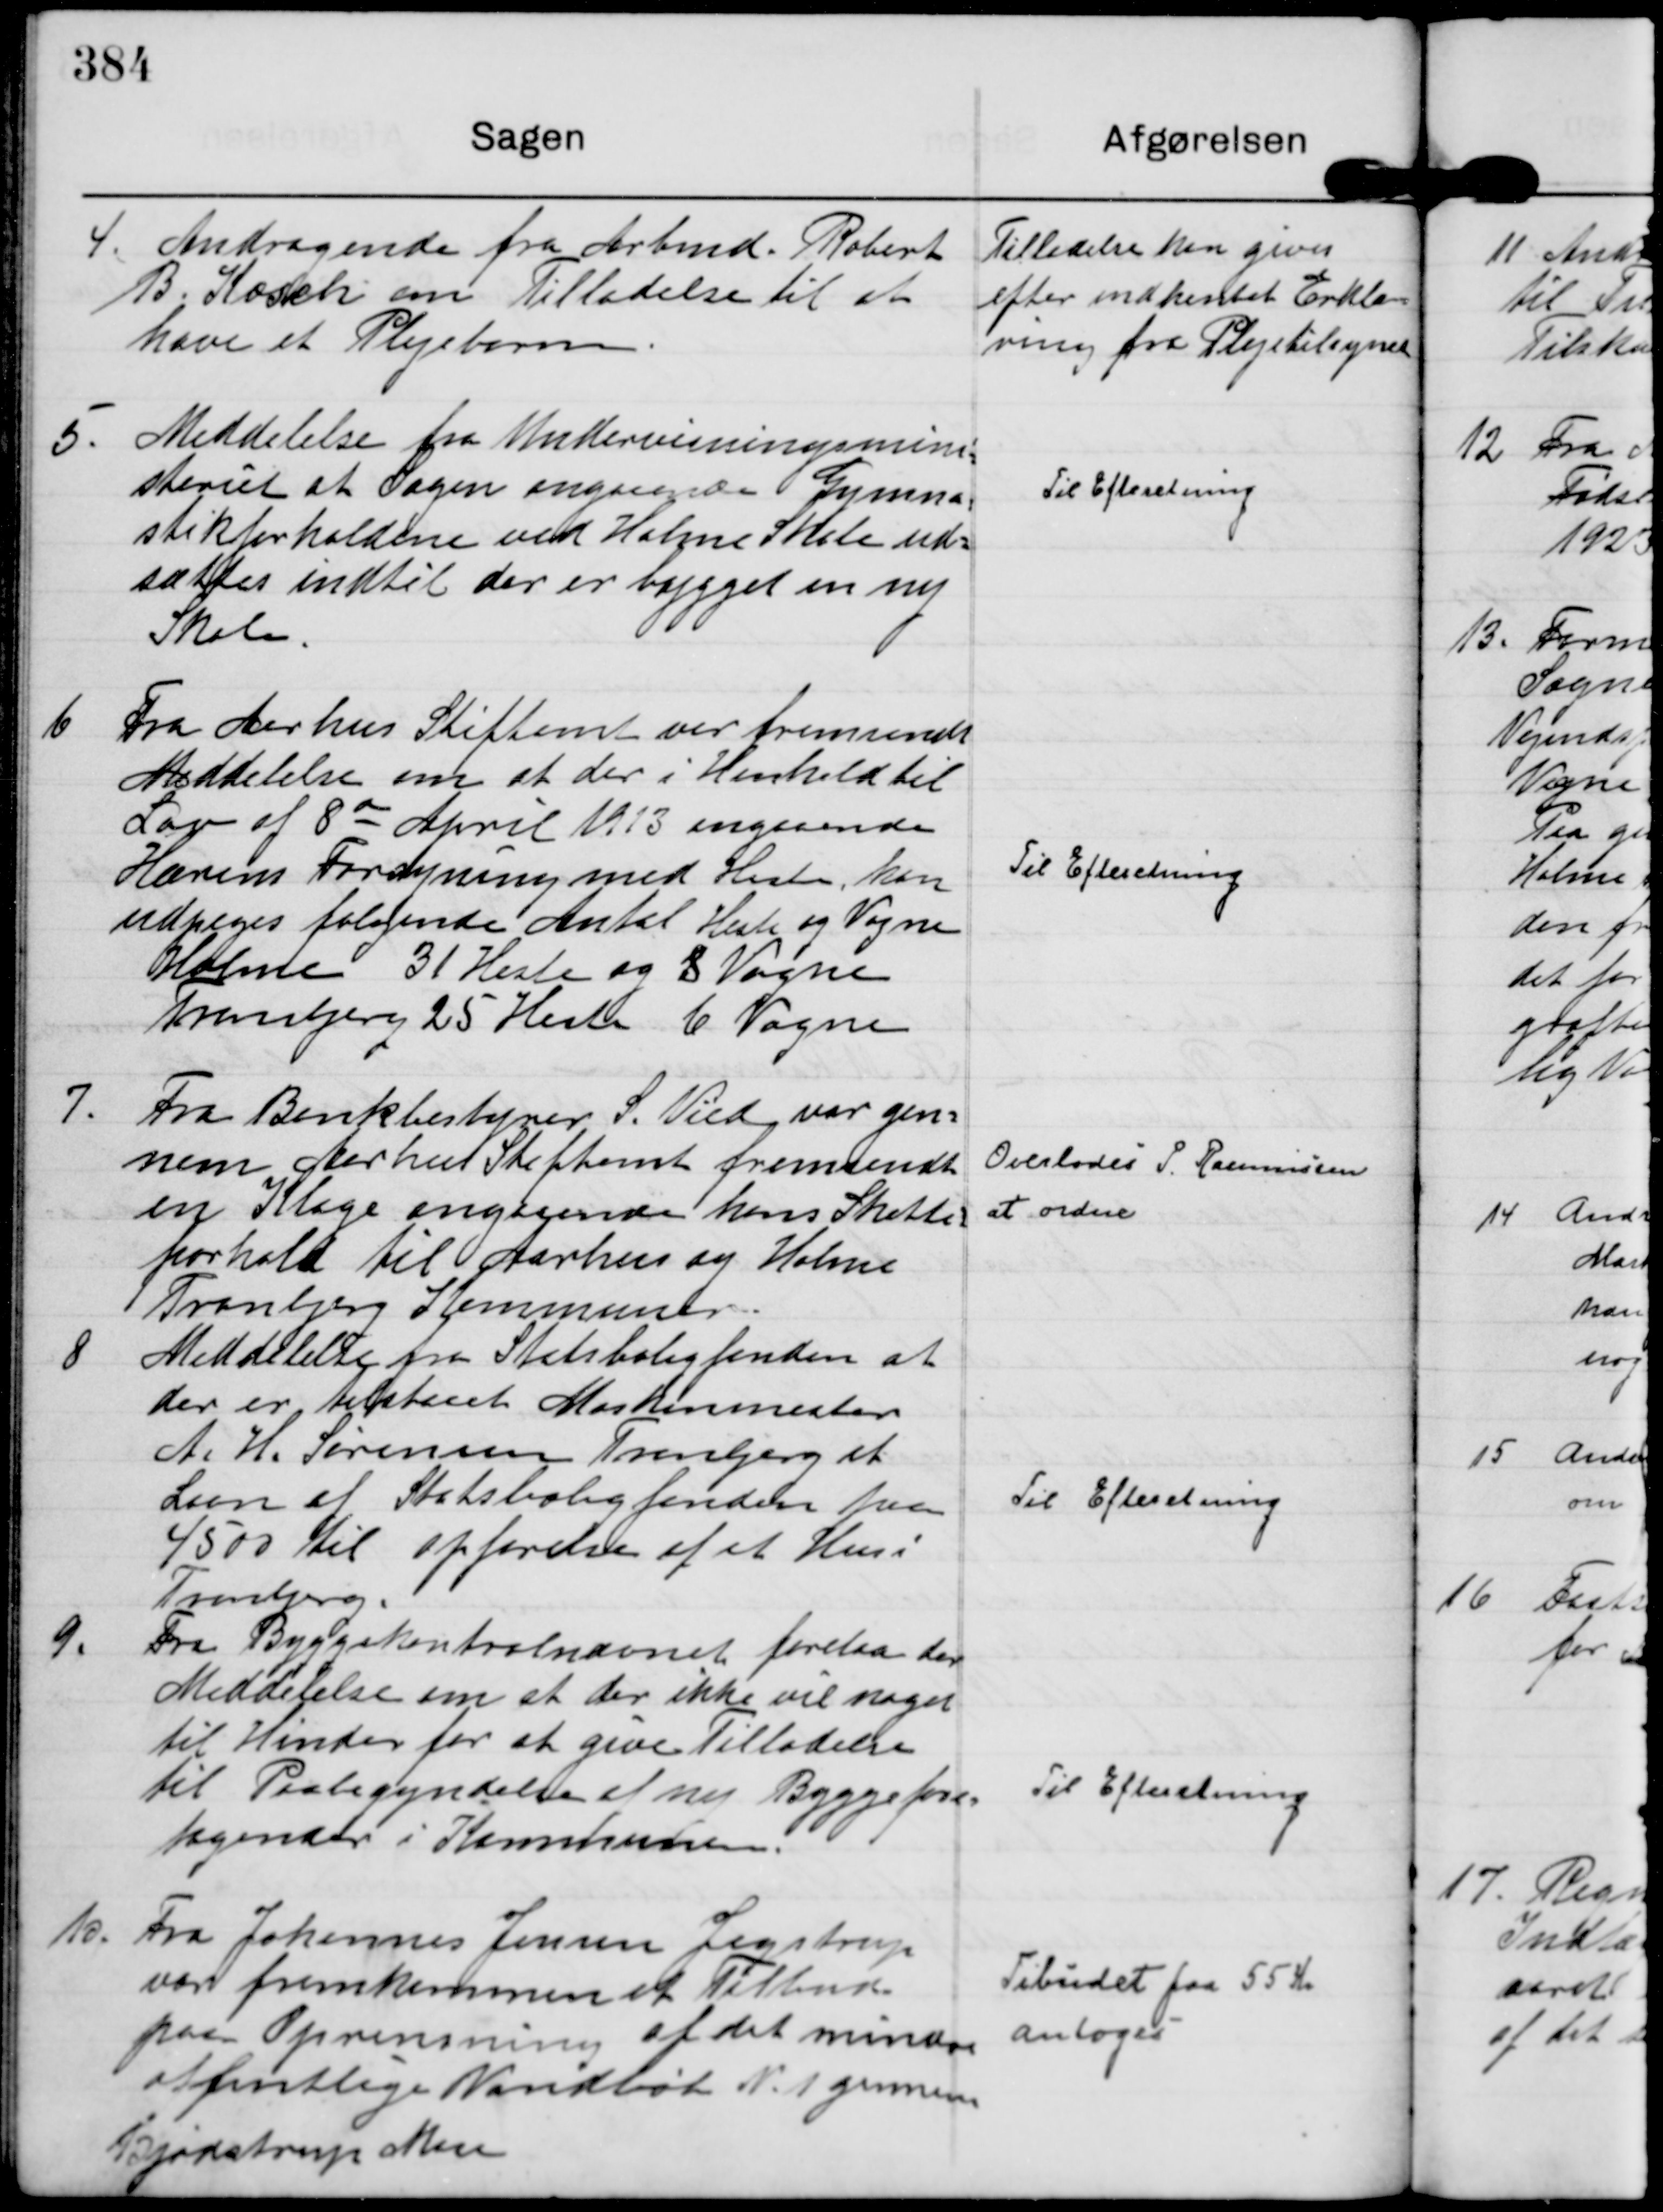
Transskription:
4.
Andragende fra Arbmd. Robert
B. Kosch om Tilladelse til at
have et Plejebarn.

Tilladelse kan gives
efter indhentet Erklæ=
ring fra Plejetilsynet

5.
Meddelelse fra Undervisningsmini=
steriet at Sagen angaaende Gymna=
stikforholdene ved Holme Skole ud=
sættes indtil der er bygget en ny
Skole.

Til Efteretning

6
Fra Aarhus Stiftamt var fremsendt
Meddelelse om at der i Henhold til
Lov af 8 de April 1923 angaaende
Hærens Forsyning med Heste, kan
udpeges følgende Antal Heste og Vogne
Holme 31 Heste og 8 Vogne
Tranbjerg 25 Heste 6 Vogne

Til Efteretning

7.
Fra Bankbestyrer S. Vied var gen=
nem Aarhus Stiftamt fremsendt
en Klage angaaende hans Skatte=
forhold til Aarhus og Holme
Tranbjerg Kommuner.

Overlodes P. Rasmussen
at ordne

8
Meddelelse fra Statsboligfonden at
der er tilstaaet Maskinmester
A. H. Sørensen Tranbjerg et
Laan af Statsboligfonden paa
4500 til opførelse af et Hus i
Tranbjerg.

Til Efteretning

9.
Fra Byggekontrolnævnet forelaa der
Meddelelse om at der ikke vil noget
til Hinder for at give Tilladelse
til Paabegyndelse af ny Byggefore=
tagender i Kommunen.

Til Efteretning

10.
Fra Johannes Jensen Jegstrup
var fremkommen et Tilbud
paa Oprensning af det mindre
offentlige Vandløb N. 1 gennem
Bjødstrup Mose

Tilbudet paa 55 Kr
antoges